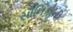
સૌનિકોની